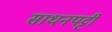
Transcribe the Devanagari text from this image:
साधनपट्टी